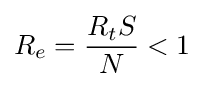
R_{e}={\frac {R_{t}S}{N}}<1